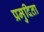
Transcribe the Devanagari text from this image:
प्रमुदिता